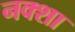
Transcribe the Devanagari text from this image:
नक्‍शा